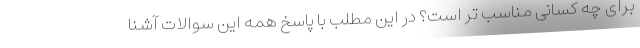
برای چه کسانی مناسب تر است؟ در این مطلب با پاسخ همه این سوالات آشنا